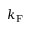
k _ { \mathrm { F } }